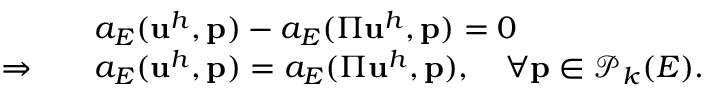
\begin{array} { r l } & { a _ { E } ( \mathbf { u } ^ { h } , \mathbf { p } ) - a _ { E } ( \Pi \mathbf { u } ^ { h } , \mathbf { p } ) = 0 } \\ { \Rightarrow \quad } & { a _ { E } ( \mathbf { u } ^ { h } , \mathbf { p } ) = a _ { E } ( \Pi \mathbf { u } ^ { h } , \mathbf { p } ) , \quad \forall \mathbf { p } \in \boldsymbol { \mathcal { P } } _ { k } ( E ) . } \end{array}